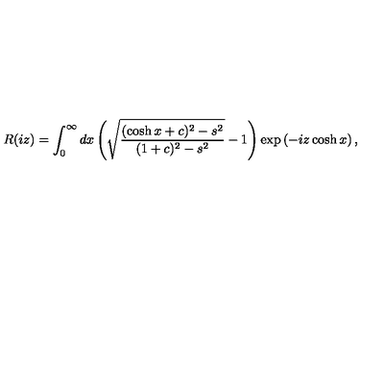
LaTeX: R ( i z ) = \int _ { 0 } ^ { \infty } d x \left( \sqrt { \frac { ( \cosh x + c ) ^ { 2 } - s ^ { 2 } } { ( 1 + c ) ^ { 2 } - s ^ { 2 } } } - 1 \right) \exp \left( - i z \cosh x \right) ,